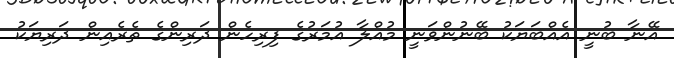
އޭނާ ބުނީ އެއްބަޔަކު ބޭނުންވަނީ މުއްލާ އުމަރުގެ ފިރިހެން ދަރިންގެ ތެރެއިން ދަރިޔަކު